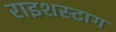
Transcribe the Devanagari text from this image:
राइशस्टाग